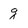
Character: g